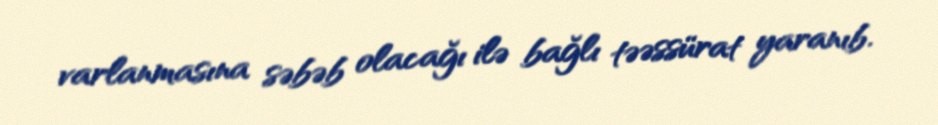
varlanmasına səbəb olacağı ilə bağlı təəssürat yaranıb.